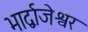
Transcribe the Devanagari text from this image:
भार्द्वाजेश्वर